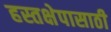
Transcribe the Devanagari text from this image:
हस्तक्षेपासाठी